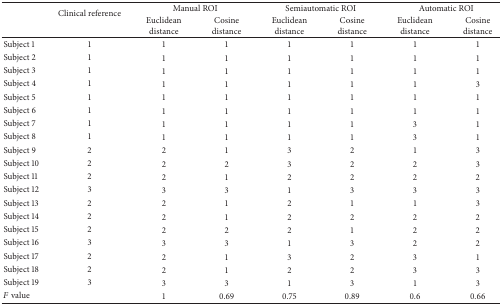
| <ROWSPAN=2>  | <ROWSPAN=2> Clinical reference | <COLSPAN=2> Manual ROI | <COLSPAN=2> Semiautomatic ROI | <COLSPAN=2> Automatic ROI |
 | Euclidean distance | Cosine distance | Euclidean distance | Cosine distance | Euclidean distance | Cosine distance |
 | --- | --- | --- | --- | --- | --- | --- | --- |
 | Subject 1 | 1 | 1 | 1 | 1 | 1 | 1 | 1 |
 | Subject 2 | 1 | 1 | 1 | 1 | 1 | 1 | 1 |
 | Subject 3 | 1 | 1 | 1 | 1 | 1 | 1 | 1 |
 | Subject 4 | 1 | 1 | 1 | 1 | 1 | 1 | 3 |
 | Subject 5 | 1 | 1 | 1 | 1 | 1 | 1 | 1 |
 | Subject 6 | 1 | 1 | 1 | 1 | 1 | 1 | 1 |
 | Subject 7 | 1 | 1 | 1 | 1 | 1 | 3 | 1 |
 | Subject 8 | 1 | 1 | 1 | 1 | 1 | 3 | 1 |
 | Subject 9 | 2 | 2 | 1 | 3 | 2 | 1 | 3 |
 | Subject 10 | 2 | 2 | 2 | 3 | 2 | 2 | 3 |
 | Subject 11 | 2 | 2 | 1 | 2 | 2 | 2 | 2 |
 | Subject 12 | 3 | 3 | 3 | 1 | 3 | 3 | 3 |
 | Subject 13 | 2 | 2 | 1 | 2 | 1 | 1 | 3 |
 | Subject 14 | 2 | 2 | 1 | 2 | 2 | 2 | 2 |
 | Subject 15 | 2 | 2 | 2 | 2 | 1 | 2 | 2 |
 | Subject 16 | 3 | 3 | 3 | 1 | 3 | 2 | 2 |
 | Subject 17 | 2 | 2 | 1 | 3 | 2 | 3 | 1 |
 | Subject 18 | 2 | 2 | 1 | 2 | 2 | 3 | 3 |
 | Subject 19 | 3 | 3 | 3 | 1 | 3 | 1 | 3 |
 | F value |  | 1 | 0.69 | 0.75 | 0.89 | 0.6 | 0.66 |